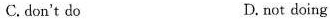
C.don't do D.not doing